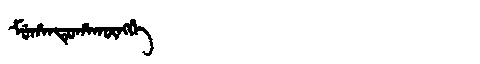
Manchu: ᠮᡠᡥᠠᠨᡨᡠᡥᠠᡴᡡᠩᡤᡝ
Romanization: MUHANTUHAKŪNGGE